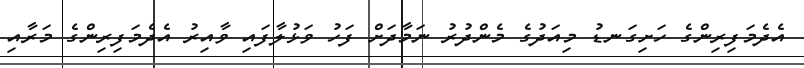
އެދެމަފިރިންގެ ހަށިގަނޑު މިއަދުގެ މެންދުރު ނަމާދަށް ފަހު ވަޅުލާފައި ވާއިރު އެދެމަފިރިންގެ މަރާއި